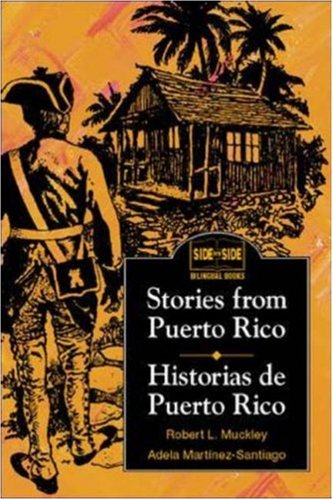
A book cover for Stories from Puerto Rico (Legends of); Robert L. Muckley; Travel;